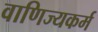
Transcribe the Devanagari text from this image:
वाणिज्यकर्म